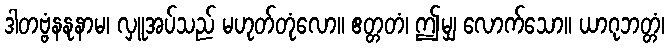
ဒါတဗ္ဗံနနုနာမ၊ လှူအပ်သည် မဟုတ်တုံလော။ ဧတ္တတံ၊ ဤမျှ လောက်သော။ ယာဂုဘတ္တံ၊